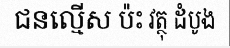
ជនល្មើស ប៉ះ វត្ថុ ដំបូង